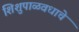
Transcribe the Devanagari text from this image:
शिशुपाळवधाचे